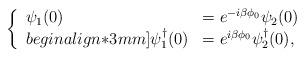
LaTeX: \begin{align*}\left \{\begin{array}{ll}\psi_1 (0) & = e^{-i\beta\phi_0}\psi_2(0) \\begin{align*}3mm]\psi_1^\dagger (0) & = e^{i\beta\phi_0}\psi_2^\dagger(0),\end{array}\right.\end{align*}